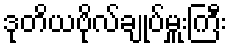
ဒုတိယဗိုလ်ချုပ်မှူးကြီး